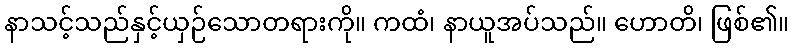
နာသင့်သည်နှင့်ယှဉ်သောတရားကို။ ကထံ၊ နာယူအပ်သည်။ ဟောတိ၊ ဖြစ်၏။